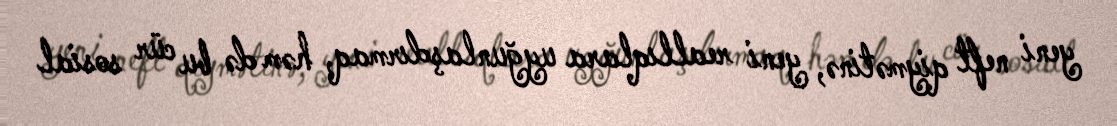
yeni neft qiymətinə, yeni reallıqlara uyğunlaşdırmaq, həm də bu cür sosial